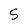
Character: 5